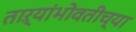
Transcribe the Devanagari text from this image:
ताऱ्यांभोवतीच्या